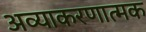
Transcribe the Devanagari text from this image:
अव्याकरणात्मक